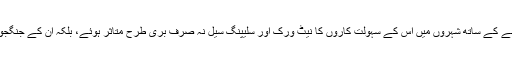
ٹی ٹی پی کا کمانڈ اینڈ کنٹرول سسٹم تباہ ہونے کے ساتھ شہروں میں اس کے سہولت کاروں کا نیٹ ورک اور سلیپنگ سیل نہ صرف بری طرح متاثر ہوئے، بلکہ ان کے جنگجوئوں کی بڑی تعداد کیفرکردار کو پہنچ گئی۔